Report of the Bombay Veterinary College
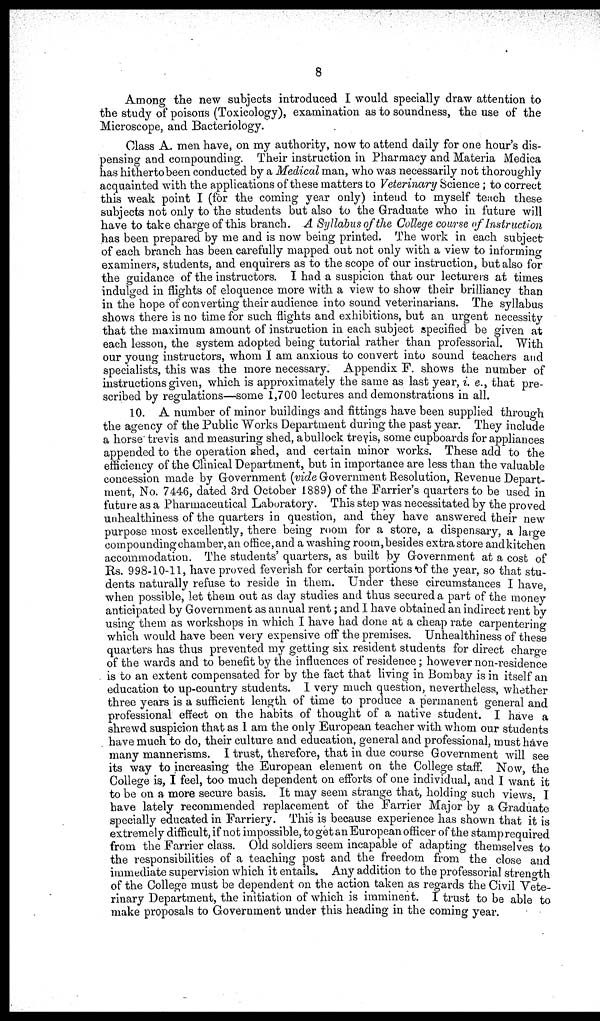
8
Among the new subjects introduced I would specially draw attention to
the study of poisons (Toxicology), examination as to soundness, the use of the
Microscope, and Bacteriology.
Class A. men have, on my authority, now to attend daily for one hour's dis-
pensing and compounding. Their instruction in Pharmacy and Materia Medica
has hitherto been conducted by a Medical man, who was necessarily not thoroughly
acquainted with the applications of these matters to Veterinary Science ; to correct
this weak point I (for the coming year only) intend to myself teach these
subjects not only to the students but also to the Graduate who in future will
have to take charge of this branch. A Syllabus of the College course of Instruction
has been prepared by me and is now being printed. The work in each subject-
of each branch has been carefully mapped out not only with a view to informing
examiners, students, and enquirers as to the scope of our instruction, but also for
the guidance of the instructors. I had a suspicion that our lecturers- at times
indulged in flights of eloquence more with a view to show their brilliancy than
in the hope of converting their audience into sound veterinarians. The syllabus
shows there is no time for such flights and exhibitions, but an urgent necessity
that the maximum amount of instruction in each subject specified be given at
each lesson, the system adopted being tutorial rather than professorial. With
our young instructors, whom I am anxious to convert into sound teachers and
specialists, this was the more necessary. Appendix F. shows the number of
instructions given, which is approximately the same as last year, i. e., that pre-
scribed by regulations—some 1,700 lectures and demonstrations in all.
10. A number of minor buildings and fittings have been supplied through
the agency of the Public Works Department during the past year. They include
a horse trevis and measuring shed, a bullock treyis, some cupboards for appliances
appended to the operation shed, and certain minor works. These add to the
efficiency of the Clinical Department, but in importance are less than the valuable
concession made by Government (vide Government Resolution, Revenue Depart-
ment, No. 7446, dated 3rd October 1889) of the Farrier's quarters to be used in
future as a Pharmaceutical Laboratory. This step was necessitated by the proved
unhealthiness of the quarters in question, and they have answered their new
purpose most excellently, there being room for a store, a dispensary, a large
compounding chamber, an office, and a washing room, besides extra store and kitchen
accommodation. The students' quarters, as built by Government at a cost of
Rs. 998-10-11, have proved feverish for certain portions of the year, so that stu-
dents naturally refuse to reside in them. Under these circumstances I have,
when possible, let them out as day studies and thus secured a part of the money
anticipated by Government as annual rent ; and I have obtained an indirect rent by
using them as workshops in which I have had done at a cheap rate carpentering
which would have been very expensive off the premises. Unhealthiness of these
quarters has thus prevented my getting six resident students for direct charge
of the wards and to benefit by the influences of residence ; however non-residence
is to an extent compensated for by the fact that living in Bombay is in itself an
education to up-country students. I very much question, nevertheless, whether
three years is a sufficient length of time to produce a permanent general and
professional effect on the habits of thought of a native student. I have a
shrewd suspicion that as I am the only European teacher with whom our students
have much to do, their culture and education, general and professional, must have
many mannerisms. I trust, therefore, that in due course Government will see
its way to increasing the European element on the College staff. Now, the
College is, I feel, too much dependent on efforts of one individual, and I want it
to be on a more secure basis. It may seem strange that, holding such views. I
have lately recommended replacement of the Farrier Major by a Graduate
specially educated in Farriery. This is because experience has shown that it is
extremely difficult, if not impossible, to get an European officer of the stamp required
from the Farrier class. Old soldiers seem incapable of adapting themselves to
the responsibilities of a teaching post and the freedom from the close and
immediate supervision which it entails. Any addition to the professorial strength
of the College must be dependent on the action taken as regards the Civil Vete-
rinary Department, the initiation of which is imminent. I trust to be able to
make proposals to Government under this heading in the coming year.